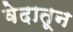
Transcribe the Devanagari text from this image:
वेदातून